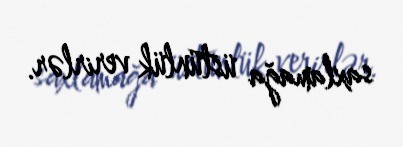
saxlamağa üstünlük verirlər.